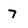
Character: 7